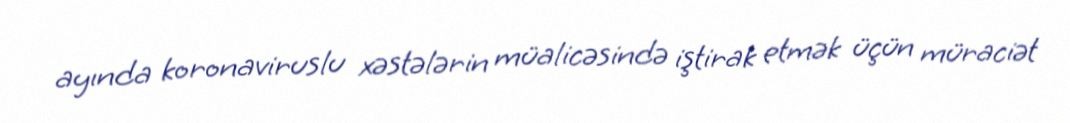
ayında koronaviruslu xəstələrin müalicəsində iştirak etmək üçün müraciət